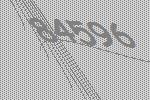
84596